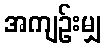
အကျဉ်းမျှ